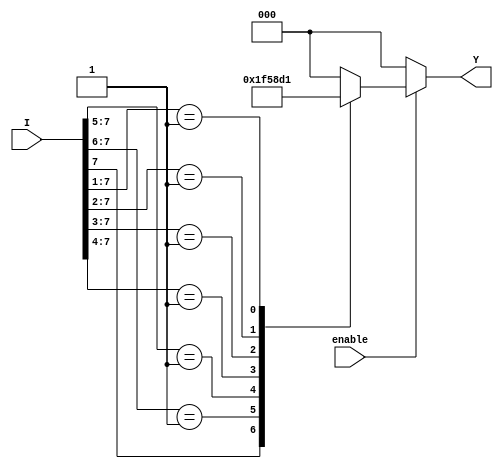
module encoder_8_to_3 (
    input wire [7:0] I,  // 8 input lines
    input wire enable,    // Enable input
    output reg [2:0] Y   // 3 output lines
);

always @(*) begin
    if (!enable) begin
        Y = 3'b000; // Default state when enable is low
    end else begin
        casez (I) // Casez allows matching with don't care conditions
            8'b1??????? : Y = 3'b111; // I7 is active
            8'b01?????? : Y = 3'b110; // I6 is active
            8'b001????? : Y = 3'b101; // I5 is active
            8'b0001???? : Y = 3'b100; // I4 is active
            8'b00001??? : Y = 3'b011; // I3 is active
            8'b000001?? : Y = 3'b010; // I2 is active
            8'b0000001? : Y = 3'b001; // I1 is active
            8'b00000001 : Y = 3'b000; // I0 is active
            default      : Y = 3'b000; // All inputs inactive
        endcase
    end
end

endmodule